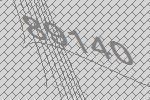
89140